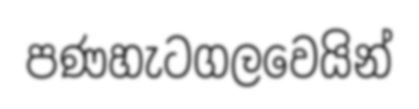
පණහැටගලවෙයින්